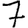
Digit: 7